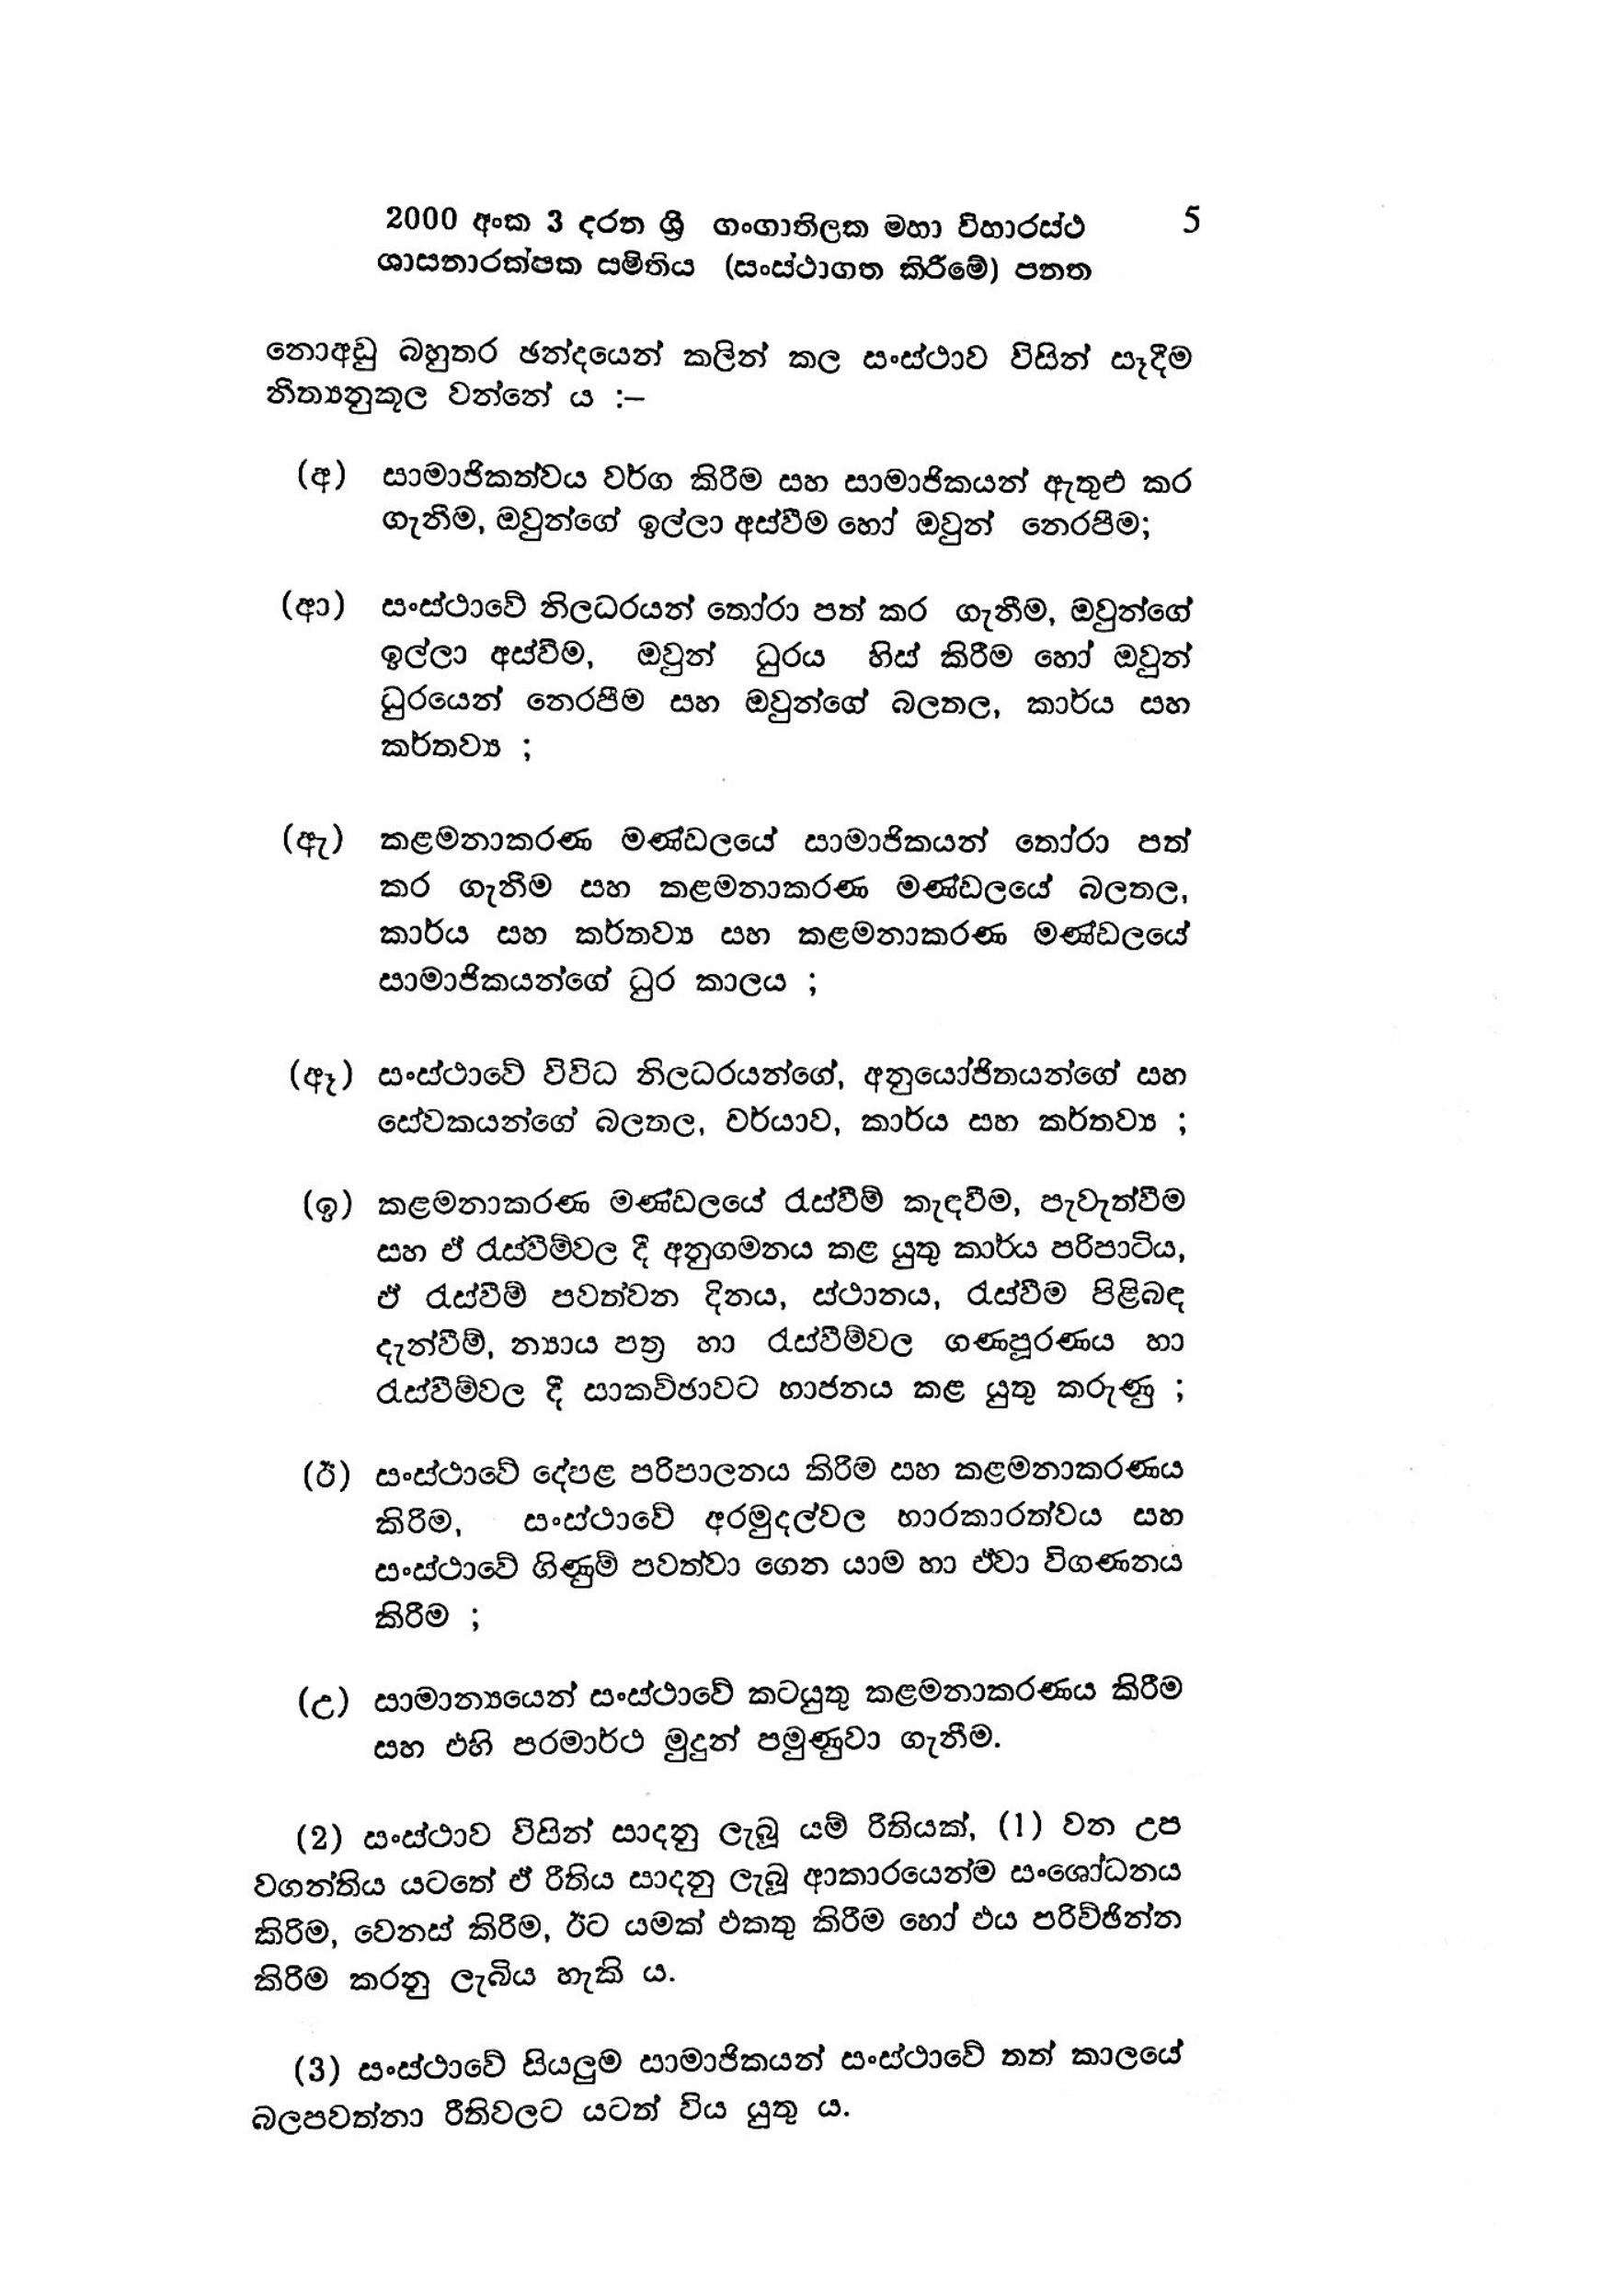
2000 අංක 3 දරන ශ්‍රී ගංගාතිලක මහා විහාරස්ථ 5
ශාසනාරක්ෂක සමිතිය (සංස්ථාගත කිරීමේ) පනත

නොඅඩු බහුතර ඡන්දයෙන් කලින් කල සංස්ථාව විසින් සෑදීම
නීත්‍යනුකූල වන්නේ ය :-

(අ) සාමාජිකත්වය වර්ග කිරීම සහ සාමාජිකයන් ඇතුළු කර
ගැනීම, ඔවුන්ගේ ඉල්ලා අස්වීම හෝ ඔවුන් නෙරපීම;

(ආ) සංස්ථාවේ නිලධරයන් තෝරා පත් කර ගැනීම, ඔවුන්ගේ
ඉල්ලා අස්වීම, ඔවුන් ධුරය හිස් කිරීම හෝ ඔවුන්
ධුරයෙන් නෙරපීම සහ ඔවුන්ගේ බලතල, කාර්ය සහ
කර්තව්‍ය ;

(ඇ) කළමනාකරණ මණ්ඩලයේ සාමාජිකයන් තෝරා පත්
කර ගැනීම සහ කළමනාකරණ මණ්ඩලයේ බලතල,
කාර්ය සහ කර්තව්‍ය සහ කළමනාකරණ මණ්ඩලයේ
සාමාජිකයන්ගේ ධුර කාලය ;

(ඈ) සංස්ථාවේ විවිධ නිලධරයන්ගේ, අනුයෝජිතයන්ගේ සහ
සේවකයන්ගේ බලතල, චර්යාව, කාර්ය සහ කර්තව්‍ය ;

(ඉ) කළමනාකරණ මණ්ඩලයේ රැස්වීම් කැඳවීම, පැවැත්වීම
සහ ඒ රැස්වීම්වල දී අනුගමනය කළ යුතු කාර්ය පරිපාටිය,
ඒ රැස්වීම් පවත්වන දිනය, ස්ථානය, රැස්වීම පිළිබඳ
දැන්වීම්, න්‍යාය පත්‍ර හා රැස්වීම්වල ගණපූරණය හා
රැස්වීම්වල දී සාකච්ඡාවට භාජනය කළ යුතු කරුණු ;

(ඊ) සංස්ථාවේ දේපළ පරිපාලනය කිරීම සහ කළමනාකරණය
කිරීම, සංස්ථාවේ අරමුදල්වල භාරකාරත්වය සහ
සංස්ථාවේ ගිණුම් පවත්වා ගෙන යාම හා ඒවා විගණනය
කිරීම ;

(උ) සාමාන්‍යයෙන් සංස්ථාවේ කටයුතු කළමනාකරණය කිරීම
සහ එහි පරමාර්ථ මුදුන් පමුණුවා ගැනීම.

(2) සංස්ථාව විසින් සාදනු ලැබූ යම් රීතියක්, (1) වන උප
වගන්තිය යටතේ ඒ රීතිය සාදනු ලැබූ ආකාරයෙන්ම සංශෝධනය
කිරිම, වෙනස් කිරීම, ඊට යමක් එකතු කිරීම හෝ එය පරිච්ඡින්න
කිරීම කරනු ලැබිය හැකි ය.

(3) සංස්ථාවේ සියලුම සාමාජිකයන් සංස්ථාවේ තත් කාලයේ
බලපවත්නා රීතිවලට යටත් විය යුතු ය.